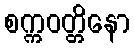
စက္ကဝတ္တိနော